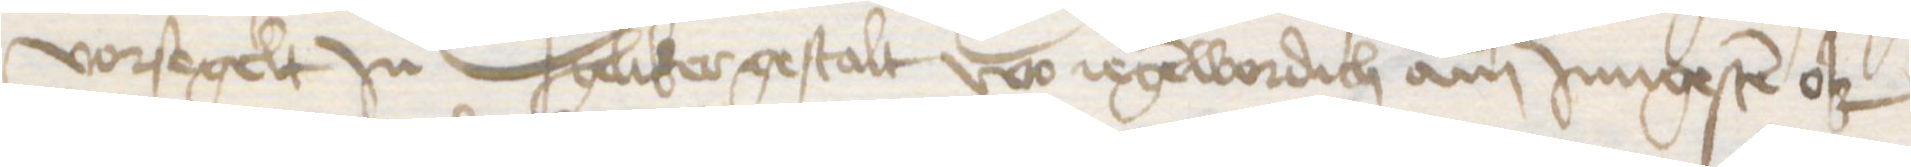
vorsegelt Jn geliker gestalt wo iegenwordich am Jungesten ok